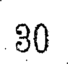
30